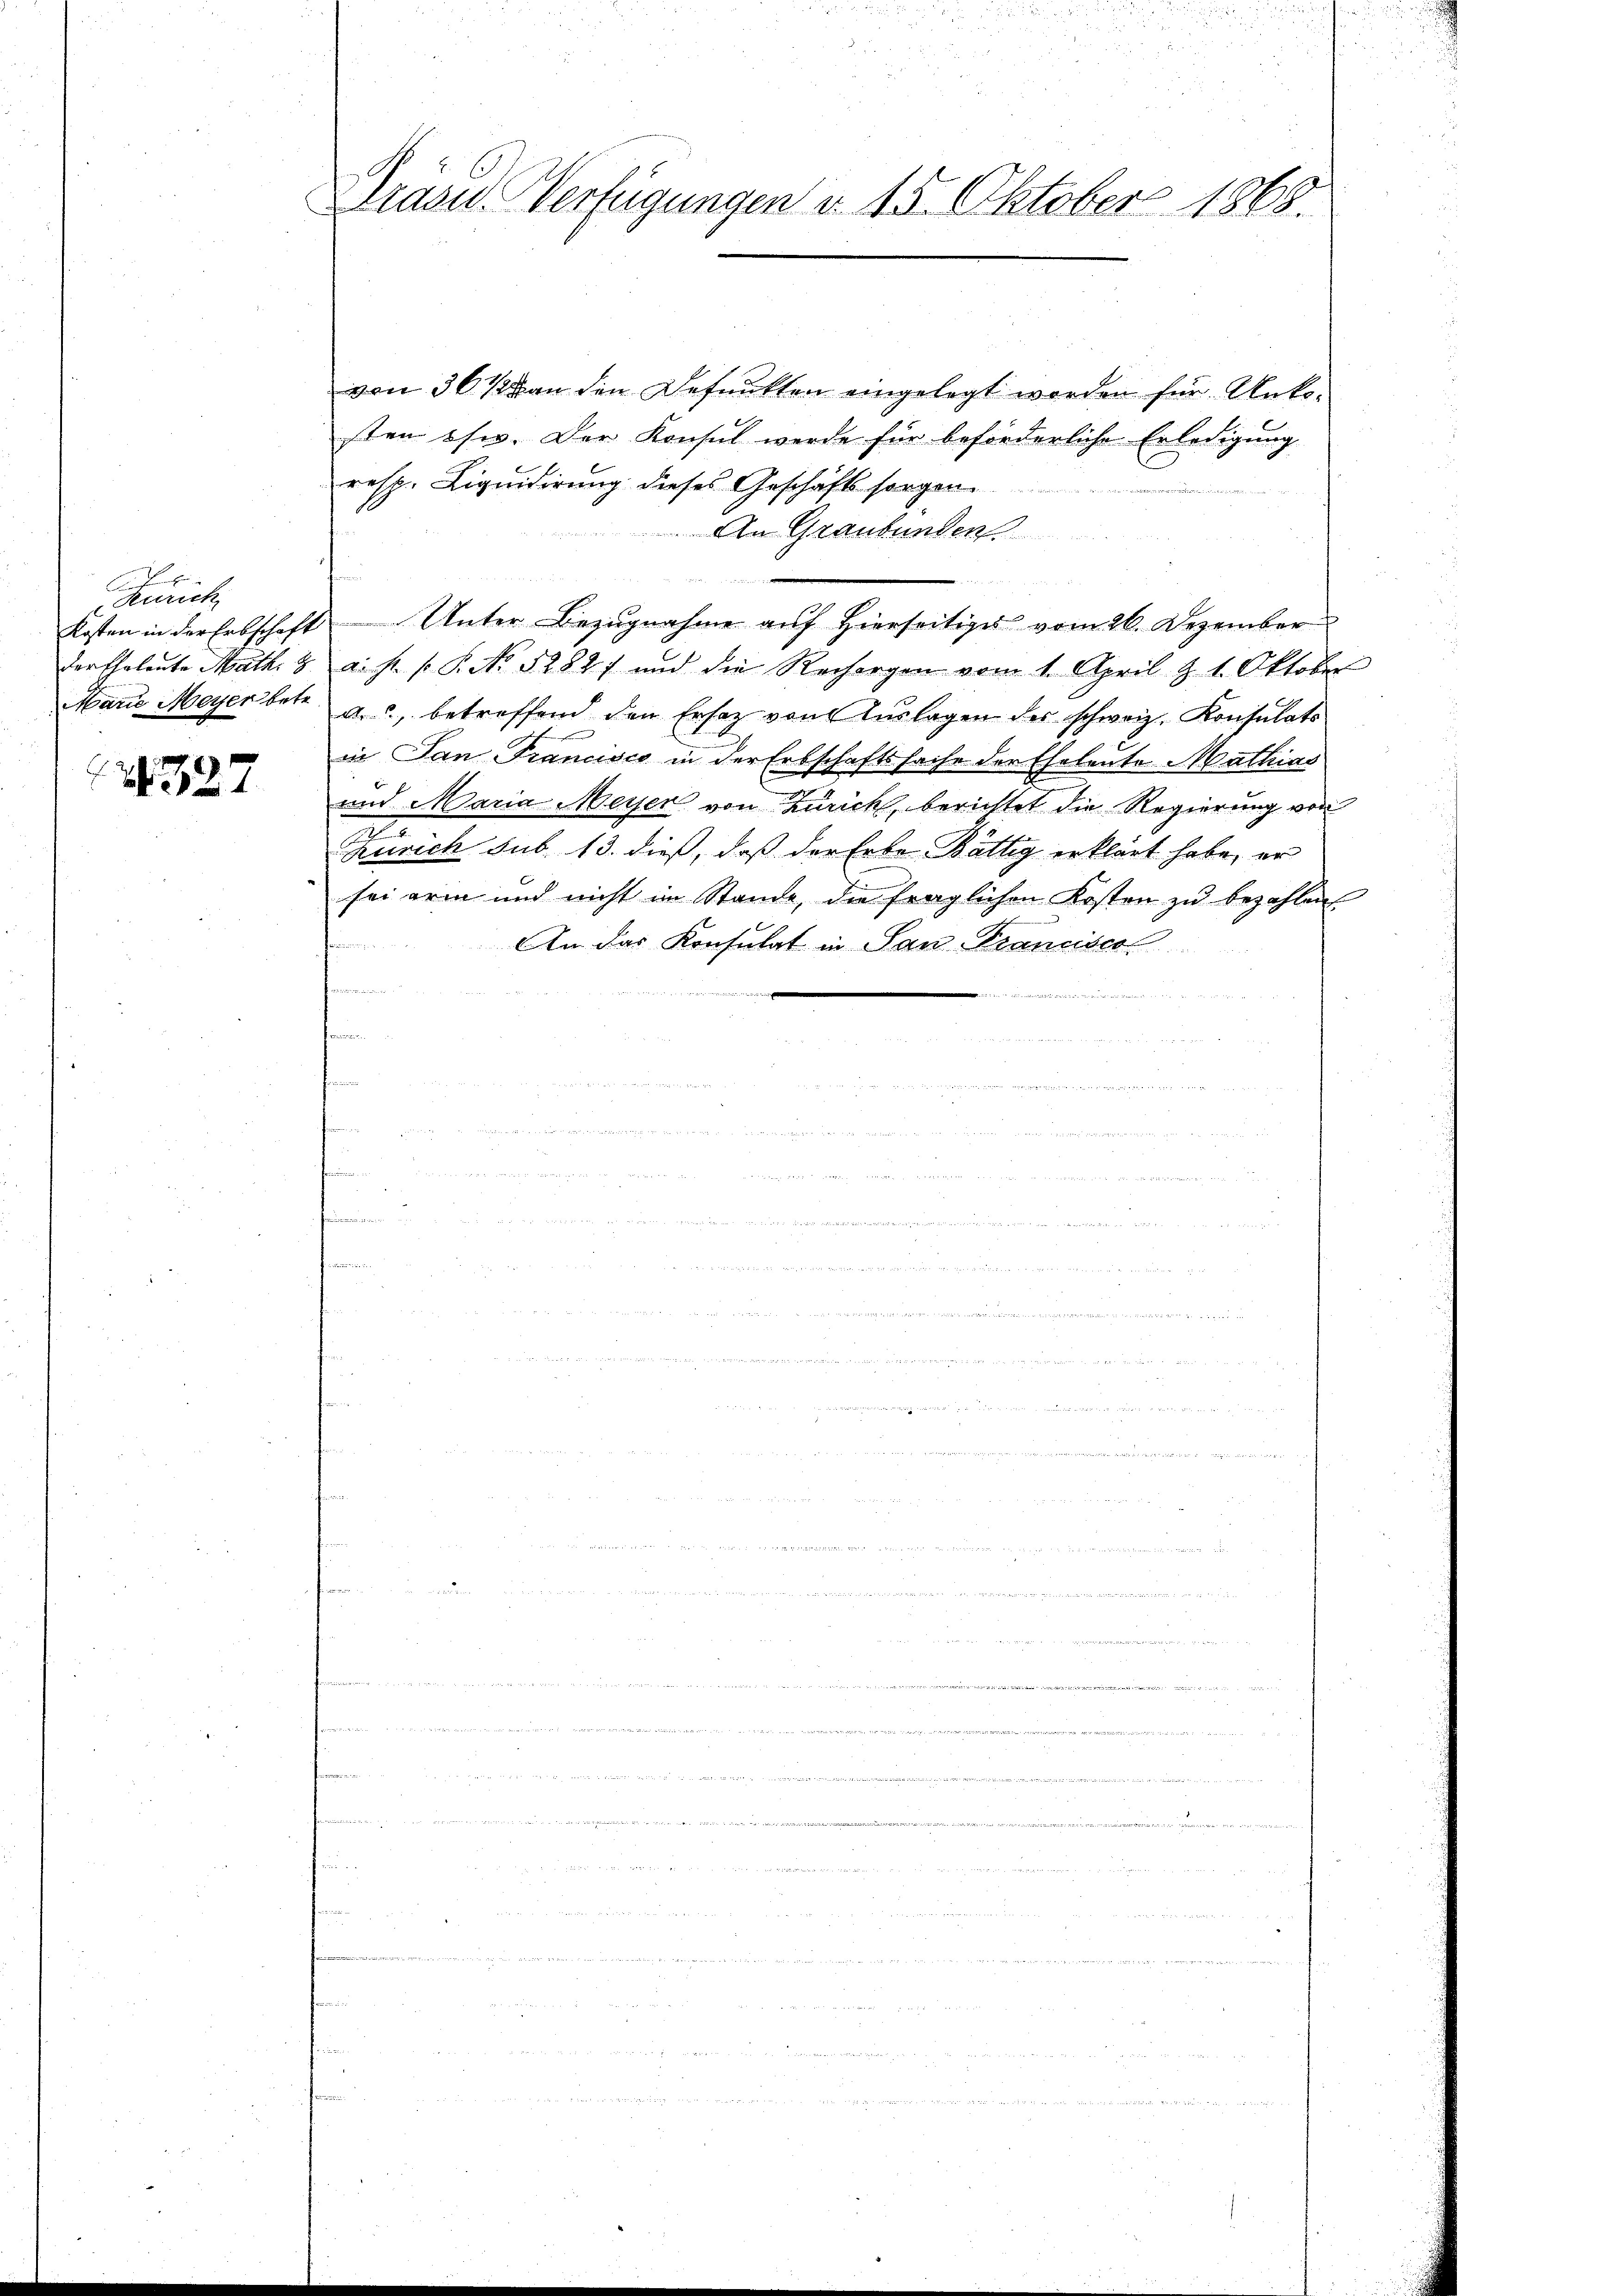
Zürich

721327

.
Brand. Verfügungen d. 15. Oktober 1868.

von 36 1/4 an den Befunkten eingelegt worden für Ankosten ssw. Der Konsul werde für beförderliche Erledigung
resp. Liquidirung dieses Geschäfts sorgen
An Graubünden
2
Kosten in der Erbschaft Unter Bezugnahme auf Hierseitige vom 26. Dezember
der Eheleute Math. 2. a. f. s. S. No. 52827 und die Rechergen vom 1. April & 1. Oktober
Marie Meyer betr. a., betreffend den Ersatz von Aŭslagen des schweiz. Konsulats
in Jan Francisco in der Erbschaftssache der Eheleute Mathias
und Maria Meiser von Zürich, berichtet die Regierung von
Zürich sub. 13. dieß, daß der Erbe Bättig erklärt habe, er
sei arm und nicht im Stande, die fraglichen Kosten zu bezahlen
An das Konsulat in San Francisco
e
n
a